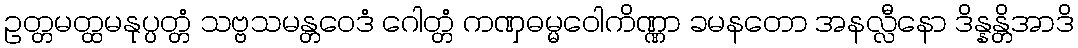
ဥတ္တမတ္ထမနုပ္ပတ္တံ သဗ္ဗသမန္တဝေဒံ ဂေါတ္တံ ကဏှဓမ္မဝေါကိဏ္ဏာ ခမနတော အနလ္လီနော ဒိန္နန္တိအာဒိ